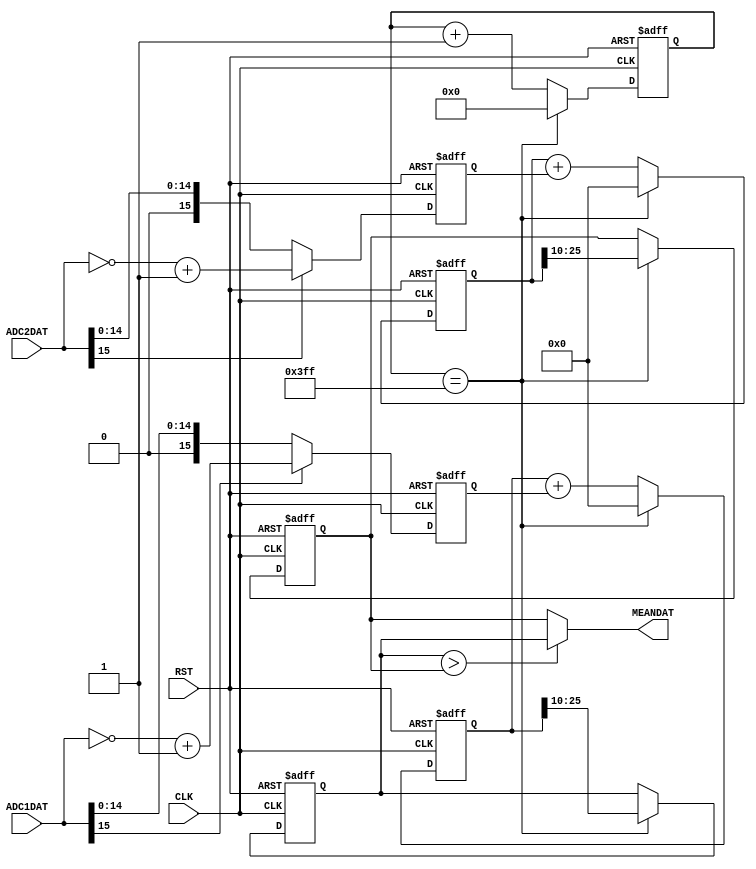
module adc_mean(
	input              CLK,
	input              RST,
	//------------------------------
	input      [15: 0] ADC1DAT,
	input      [15: 0] ADC2DAT,
	//------------------------------
	output     [15: 0] MEANDAT
);

reg  [15: 0] AdcDat1;
reg  [15: 0] AdcDat2;

reg  [15: 0] MeanDat1;
reg  [15: 0] MeanDat2;
reg  [31: 0] SumDat1;
reg  [31: 0] SumDat2;
reg  [15: 0] DatCnt;

assign MEANDAT      = (MeanDat1 > MeanDat2) ? MeanDat1 : MeanDat2;

always@(posedge CLK,posedge RST)begin
	if(RST)begin
		AdcDat1      <= 16'd0;
	end else if(ADC1DAT[15])begin
		AdcDat1      <= ~ADC1DAT +1;
	end else begin
		AdcDat1      <= ADC1DAT;
	end
end

always@(posedge CLK,posedge RST)begin
	if(RST)begin
		AdcDat2      <= 16'd0;
	end else if(ADC2DAT[15])begin
		AdcDat2      <= ~ADC2DAT +1;
	end else begin
		AdcDat2      <= ADC2DAT;
	end
end

always@(posedge CLK,posedge RST)begin
	if(RST)begin
		SumDat1     <= 32'd0;
		SumDat2     <= 32'd0;
		DatCnt      <= 16'd0;
		MeanDat1    <= 16'd0;
		MeanDat2    <= 16'd0;
	end else if(DatCnt == 16'd1023)begin
		DatCnt      <= 16'd0;
		SumDat1     <= 32'd0;
		SumDat2     <= 32'd0;
		MeanDat1    <= SumDat1[25:10];
		MeanDat2    <= SumDat2[25:10];
	end else begin
		DatCnt      <= DatCnt + 16'd1;
		SumDat1     <= SumDat1 + AdcDat1;
		SumDat2     <= SumDat2 + AdcDat2;
	end
end


endmodule